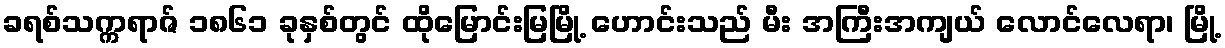
ခရစ်သက္ကရာဇ် ၁၈၆၁ ခုနှစ်တွင် ထိုမြောင်းမြမြို့ ဟောင်းသည် မီး အကြီးအကျယ် လောင်လေရာ၊ မြို့